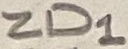
Text: ZD1